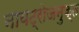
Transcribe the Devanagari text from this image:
नायट्रोजनुक्त